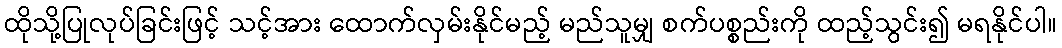
ထိုသို့ပြုလုပ်ခြင်းဖြင့် သင့်အား ထောက်လှမ်းနိုင်မည့် မည်သူမျှ စက်ပစ္စည်းကို ထည့်သွင်း၍ မရနိုင်ပါ။